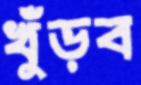
খুঁড়ব